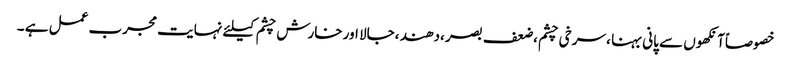
خصوصاًآنکھوں سے پانی بہنا ، سرخی چشم ،ضعف بصر ،دھند ،جالا اور خارش چشم کیلئے نہایت مجرب عمل ہے ۔